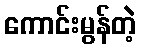
ကောင်းမွန်တဲ့